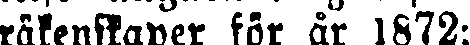
räkenskaper för år 1872: